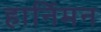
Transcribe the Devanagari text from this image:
हार्निमन